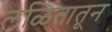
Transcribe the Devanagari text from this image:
लळितातून